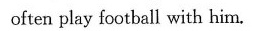
often play football with him.